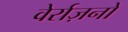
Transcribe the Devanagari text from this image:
वेर्राज़नो